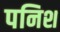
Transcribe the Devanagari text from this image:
पनिश